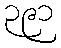
၃၉၁